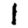
Digit: 1